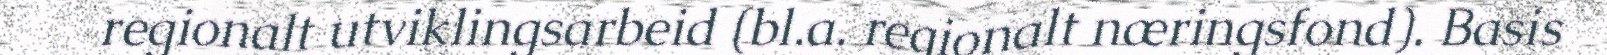
regionalt utviklingsarbeid (bl.a. regionalt næringsfond). Basis